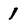
Character: 1